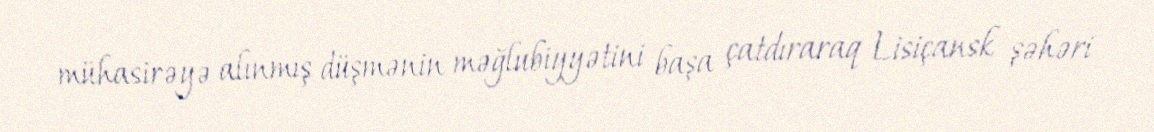
mühasirəyə alınmış düşmənin məğlubiyyətini başa çatdıraraq Lisiçansk şəhəri